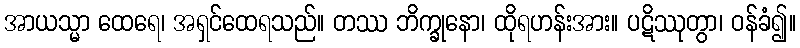
အာယသ္မာ ထေရေ၊ အရှင်ထေရသည်။ တဿ ဘိက္ခုနော၊ ထိုရဟန်းအား။ ပဋိဿုတွာ၊ ဝန်ခံ၍။